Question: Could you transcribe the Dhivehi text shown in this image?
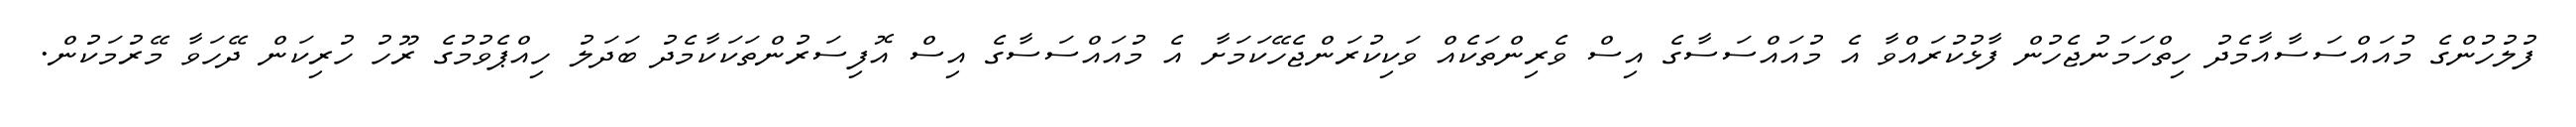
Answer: ފުލުހުންގެ މުއައްސަސާއާމެދު ހިތްހަމަނުޖެހުން ފާޅުކުރައްވާ އެ މުއައްސަސާގެ އިސް ވެރިންތަކެއް ވަކިކުރަންޖެހޭކަމަށާ އެ މުއައްސަސާގެ އިސް އޮފިސަރުންތަކަކާމެދު ބަދަލު ހިއްޕެވުމުގެ ރޫހު ހުރިކަން ދޭހަވާ މޭރުމަކުން.